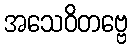
အသေဝိတဗ္ဗေ